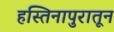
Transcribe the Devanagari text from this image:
हस्तिनापुरातून